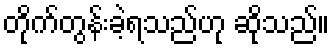
တိုက်တွန်းခဲ့ရသည်ဟု ဆိုသည်။